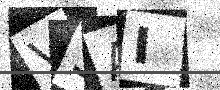
Text: V3AI